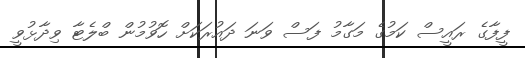
ފީފާގެ ރައީސް ކަމުގެ މަގާމު ފަސް ވަނަ ދައުރަކަށް ހޮވުމުން ބްލެޓާ ވިދާޅުވީ